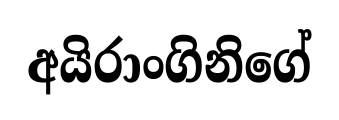
අයිරාංගිනිගේ